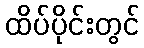
ထိပ်ပိုင်းတွင်